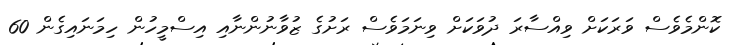
ކޮންމެވެސް ވަރަކަށް ވިއްސާރަ ދުވަަކަށް ވިނަމަވެސް ރަށުގެ ޒުވާނުންނާއި އިސްމީހުން ހިމަނައިގެން 60